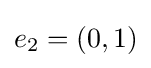
e_{2}=(0,1)